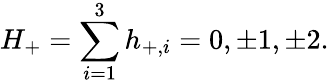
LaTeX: H_{+}=\sum_{i=1}^{3}h_{+,i}=0,\pm 1,\pm 2.